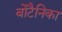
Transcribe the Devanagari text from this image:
बोटैनिका